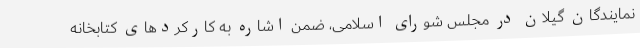
نمایندگان گیلان در مجلس شورای اسلامی، ضمن اشاره به کارکردهای کتابخانه